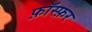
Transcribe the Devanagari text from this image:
फ़ॉस्फ़र